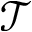
\mathcal T